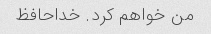
من خواهم کرد. خداحافظ